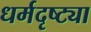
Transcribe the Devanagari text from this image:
धर्मदृष्ट्या